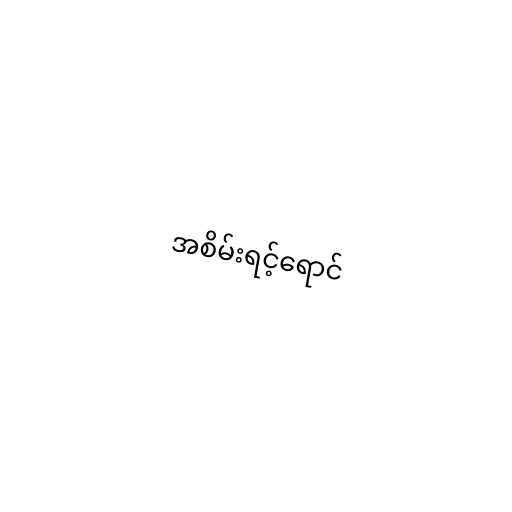
အစိမ်းရင့်ရောင်